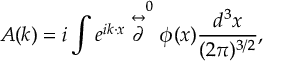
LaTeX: A ( k ) = i \int e ^ { i k \cdot x } \stackrel { \leftrightarrow } { \textstyle \partial } ^ { 0 } \phi ( x ) \frac { d ^ { 3 } x } { ( 2 \pi ) ^ { 3 / 2 } } ,